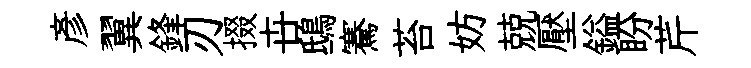
彦翼鋒刃掇卋鴟騫苔妨兢壓鎰盼芹